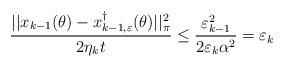
LaTeX: \begin{align*} \frac{||x_{k-1}(\theta) - x^{\dagger}_{k-1, \varepsilon}(\theta)||_\pi^2}{2\eta_k t} \leq \frac{\varepsilon_{k-1}^2}{2\varepsilon_k \alpha^2} = \varepsilon_k \end{align*}